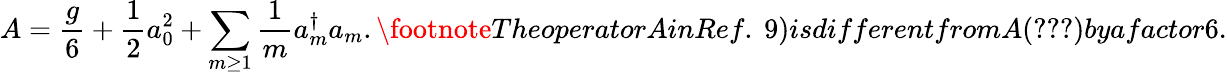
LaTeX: A={\frac{g}{6}}+{\frac{1}{2}}a_{0}^{2}+\sum_{m\geq 1}{\frac{1}{m}}a_{m}^{\dagger}a_{m}.\footnote{TheoperatorAinRef.~9)isdifferentfromA(\ref{A})byafactor6.}